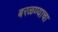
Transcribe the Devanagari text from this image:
बरळण्याचा